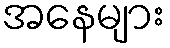
အနေများ